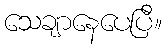
သေချာနေပေပြီ။